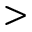
>